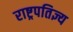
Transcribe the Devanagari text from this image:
राष्ट्रपतिज्ञ्य